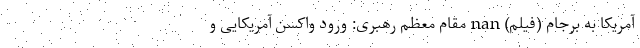
آمریکا به برجام (فیلم) nan مقام معظم رهبری: ورود واکسن آمریکایی و